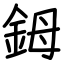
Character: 鉧